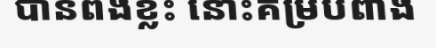
បានពងខ្លះ នោះគម្របពាង